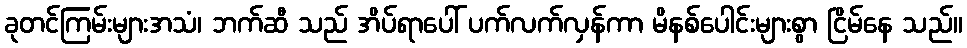
ခုတင်ကြမ်းများအသံ၊ ဘက်ဆီ သည် အိပ်ရာပေါ် ပက်လက်လှန်ကာ မိနစ်ပေါင်းများစွာ ငြိမ်နေ သည်။